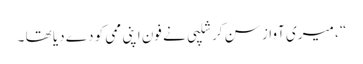
“ ، میری آواز سن کر شلپی نے فون اپنی ممی کو دے دیا تھا ۔